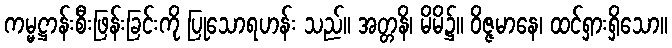
ကမ္မဋ္ဌာန်းစီးဖြန်းခြင်းကို ပြုသောရဟန်း သည်။ အတ္တနိ၊ မိမိ၌။ ဝိဇ္ဇမာနေ၊ ထင်ရှားရှိသော။